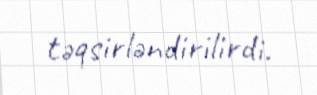
təqsirləndirilirdi.